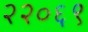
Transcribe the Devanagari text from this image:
२२०६९